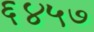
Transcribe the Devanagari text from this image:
६४५७